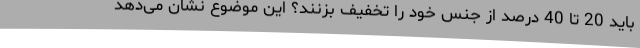
باید 20 تا 40 درصد از جنس خود را تخفیف بزنند؟ این موضوع نشان می‌دهد